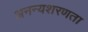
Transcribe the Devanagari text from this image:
अनन्यशरणता